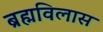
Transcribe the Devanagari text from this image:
ब्रह्मविलास